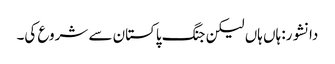
دانشور: ہاں ہاں لیکن جنگ پاکستان سے شروع کی۔